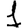
Digit: 1